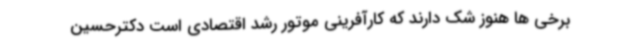
برخی ها هنوز شک دارند که کارآفرینی موتور رشد اقتصادی است دکترحسین